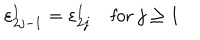
\varepsilon _ { 2 j - 1 } ^ { 1 } = \varepsilon _ { 2 j } ^ { 1 } \mathrm { ~ f o r ~ } j \geq 1